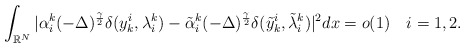
\begin{align*}\displaystyle\int_{\mathbb{R}^N}|\alpha^k_i(-\Delta)^{\frac{\gamma}{2}}\delta(y^i_k, \lambda^k_i) - \tilde{\alpha}^k_i(-\Delta)^{\frac{\gamma}{2}}\delta(\tilde{y}^i_k, \tilde{\lambda}^k_i)|^2dx = o(1)\quad i = 1, 2.\end{align*}